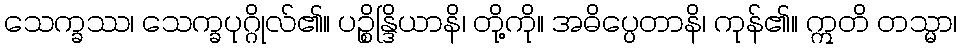
သေက္ခဿ၊ သေက္ခပုဂ္ဂိုလ်၏။ ပဉ္စိန္ဒြိယာနိ၊ တို့ကို။ အဓိပ္ပေတာနိ၊ ကုန်၏။ ဣတိ တသ္မာ၊